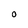
Character: O